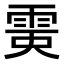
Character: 𩂲